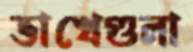
ভাখেগুলা